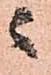
ニ